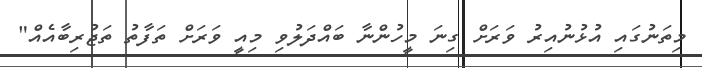
މިތަނުގައި އުޅުނުއިރު ވަރަށް ގިނަ މީހުންނާ ބައްދަލުވި މިއީ ވަރަށް ތަފާތު ތަޖުރިބާއެއް"